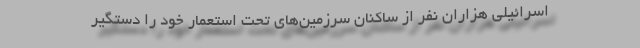
اسرائیلی هزاران نفر از ساکنان سرزمین‌های تحت استعمار خود را دستگیر